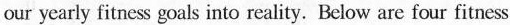
our yearly fit cs goals into reality, Bciow are four fitncss